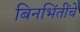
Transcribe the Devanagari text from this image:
बिनभिंतींचे